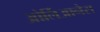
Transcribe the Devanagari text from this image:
ओर्लिआनैस